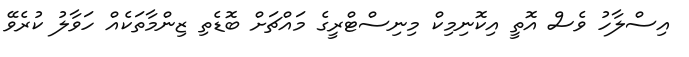
އިސްލާހު ވެސް އޮތީ އިކޮނިމިކް މިނިސްޓްރީގެ މައްޗަށް ބޮޑެތި ޒިންމާތަކެއް ހަވާލު ކުރެވޭ